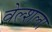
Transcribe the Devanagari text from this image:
वेल्शला